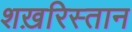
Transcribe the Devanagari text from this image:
शख़रिस्तान